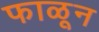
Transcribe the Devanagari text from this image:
फाळून